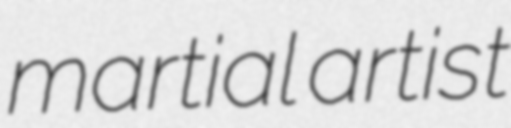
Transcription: martial artist